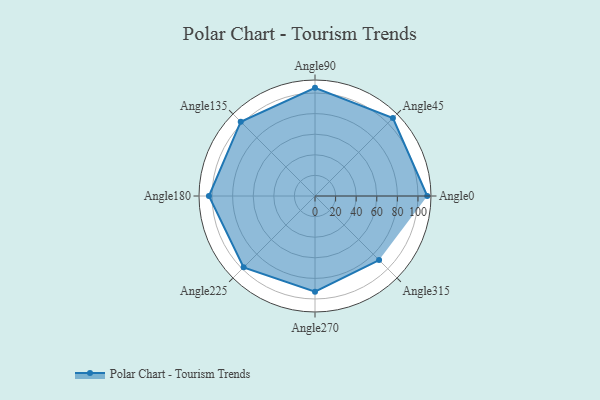
{"axis": {"x": "Angle", "y": "Radius"}, "legend": [""], "data": [{"x": "Angle0", "y": 109.0, "type": ""}, {"x": "Angle45", "y": 107.0, "type": ""}, {"x": "Angle90", "y": 105.0, "type": ""}, {"x": "Angle135", "y": 102.0, "type": ""}, {"x": "Angle180", "y": 103.0, "type": ""}, {"x": "Angle225", "y": 98.0, "type": ""}, {"x": "Angle270", "y": 93.0, "type": ""}, {"x": "Angle315", "y": 88.0, "type": ""}]}